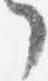
了